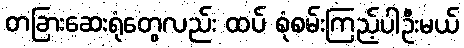
တခြားဆေးရုံတွေလည်း ထပ် စုံစမ်းကြည့်ပါဦးမယ်